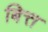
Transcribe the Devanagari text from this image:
बित्त